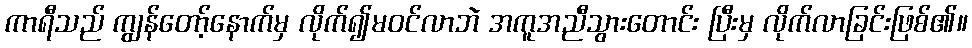
ကာရီသည် ကျွန်တော့်နောက်မှ လိုက်၍မဝင်လာဘဲ အကူအညီသွားတောင်း ပြီးမှ လိုက်လာခြင်းဖြစ်၏။